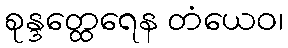
စုန္ဒတ္ထေရေန တံယေဝ၊